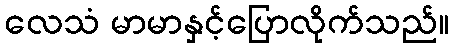
လေသံ မာမာနှင့်ပြောလိုက်သည်။